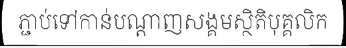
ភ្ជាប់ទៅកាន់បណ្តាញសង្គមស្ថិតិបុគ្គលិក